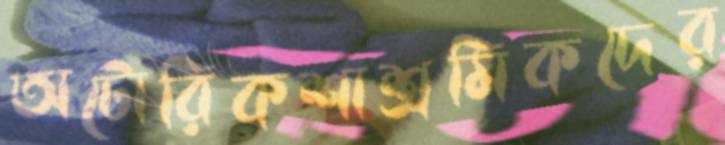
অটোরিকশাশ্রমিকদের